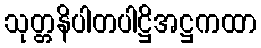
သုတ္တနိပါတပါဋ္ဌိအဋ္ဌကထာ